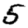
Digit: 5